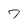
Character: 7